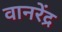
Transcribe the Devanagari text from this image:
वानरेंद्र